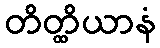
တိတ္ထိယာနံ